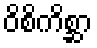
ဝိစိကိစ္ဆာ